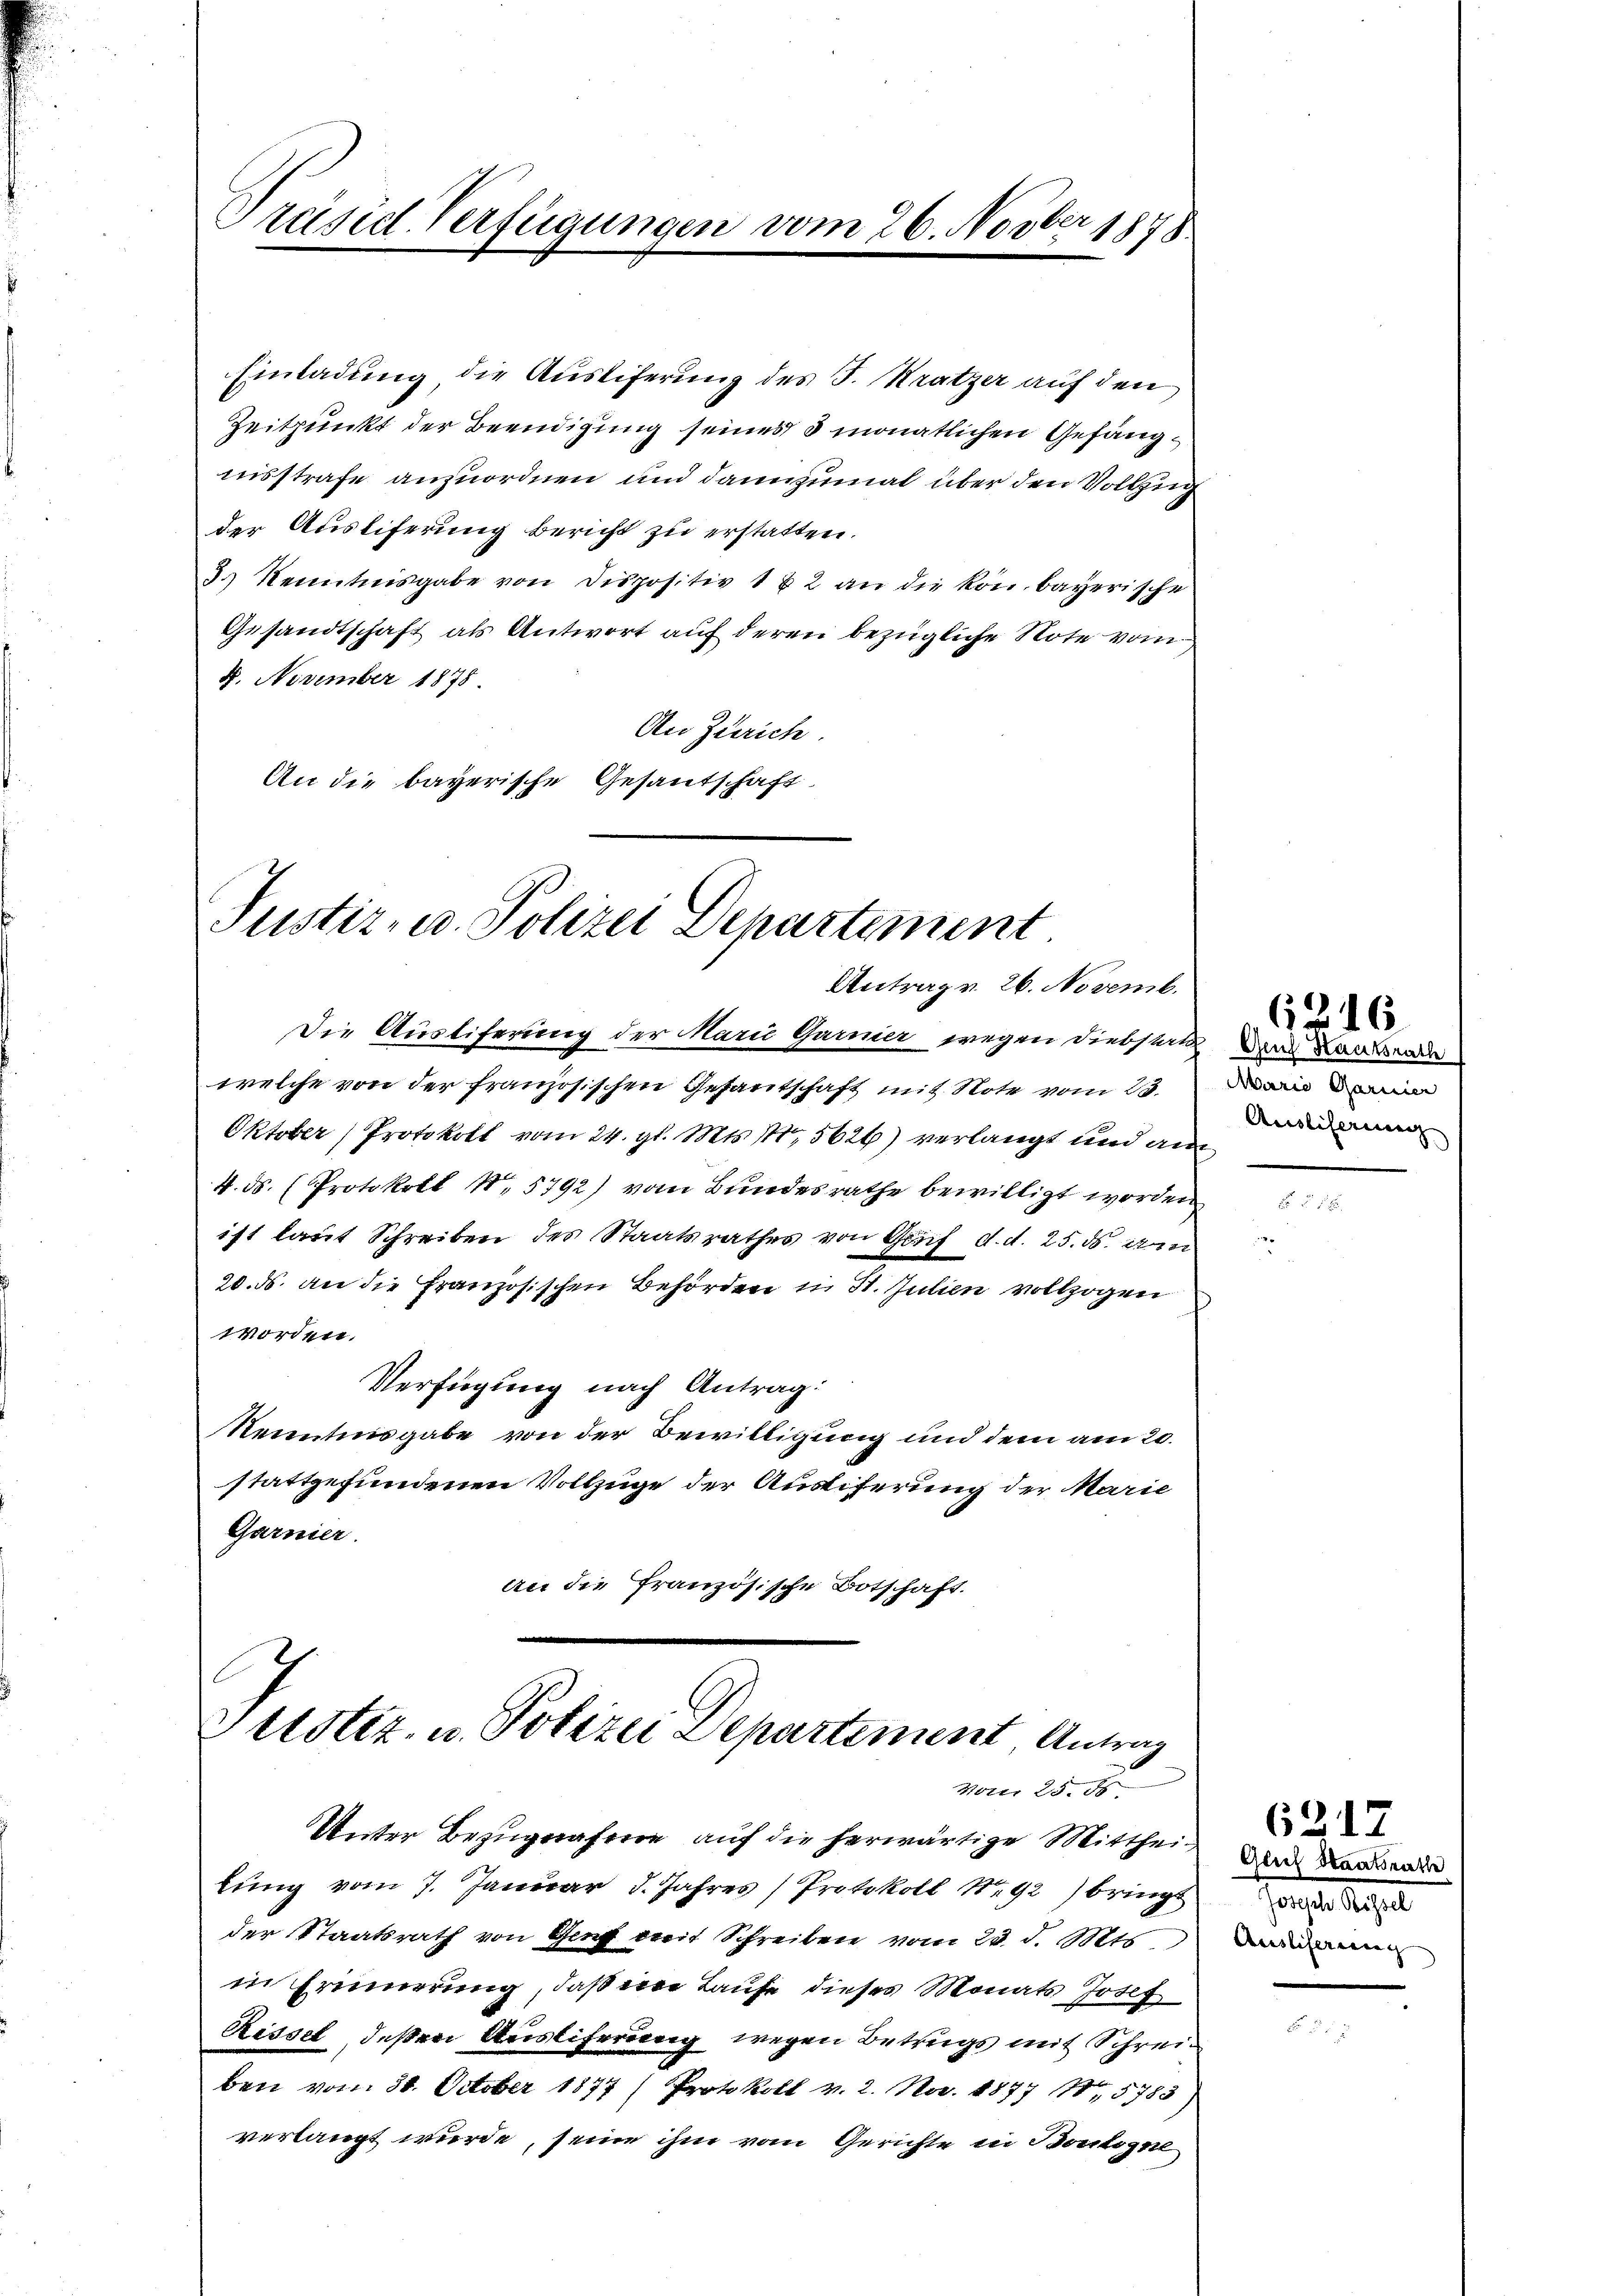
Präsid. Verfügungen vom 26. Novber 1875

Einladung die Austiferung des J. Kratzer auf den
Zeitpunkt der Beendigung seines 3 monatlichen Gefängnisstrafe anzuordnen und dannzumal über den Vollzug
der Ausliferung bericht zu erstatten.
3) Kenntnisgabe von dispositiv 182 an die kön. bayerische
Gesandtschaft als Antwort auf deren bezügliche Note vom
4. November 1878
An Zürich.
An die bayerische Gesantschaft

Justiz- u. Polizei Departement
Antrag v. 26. Novemb.

Die Austiferung der Marie Garnier wegen Diebstatt das Landre
welche von der französischen Gesantschaft mit Note vom 23.
Oktober) Protokoll vom 24. gl. Mts. 11. 5626) verlangt und an
4. ds. (Protokoll N. 5792) vom Bundesrathe bewilligt worden
ist laut Schreiben des Staatsrathes von Genf d. d. 25. ds. in
20. ds. an die Französischen Behörden in St. Julien vollzogen
worden.
Verfügung nach Antrag:
Kenntnisgabe von der Bewilligung und dem am 20.
stattgefundenen Vollzüge der Austiferung der Marie
Garnier.
An die französische Botschaft.

Justiz- u. Polizei Departement, Antrag
Von 25. Es

lung vom 7. Januar 8. Jahres Protokoll No 92) bringt
der Staatsrath von Genf mit Schreiben vom 23. d. Mts
in Erinnerung, daß eine Laufe dieses Monats Josef
Rissel, deßen Ausliferung wegen Betrags mit Schreiben vom 30. October 1877 (Protokoll v. 2. Nov. 1877 18. 5783)
verlangt wurde, seine ihm vom Gerichte in Boulogne

Unter Bezugnafern auf die herwärtige Mitthei¬

6246
Maria Garnier
Ausliserung

6217
Glut Staatsrath
sanfte diese
Ausliserung